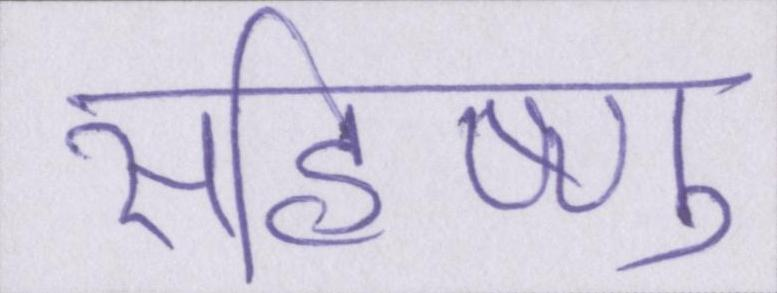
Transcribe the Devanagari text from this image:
सहिष्णु